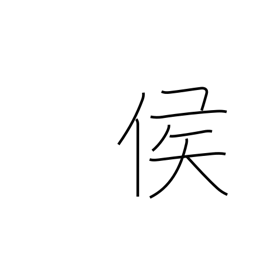
Meaning: marquis